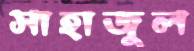
সাহাজুল